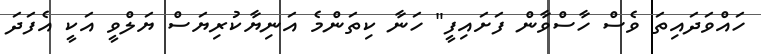
ހައްވަދައިތަ ވެސް ހާސްވާން ފަށައިފީ" ހަނާ ކިތަންމެ އަނިޔާކުރިޔަސް ޔަލްވީ އަކީ އެފަދަ